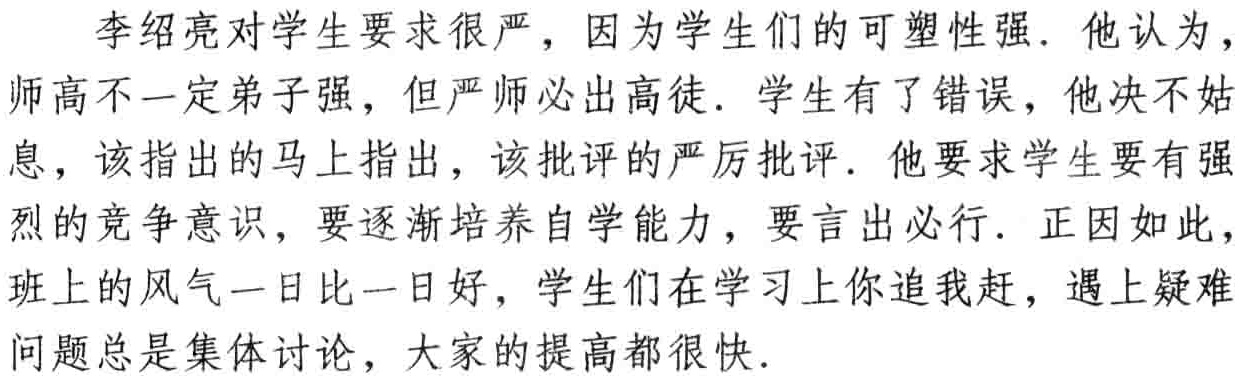
李绍亮对学生要求很严，因为学生们的可塑性强. 他认为，师高不一定弟子强，但严师必出高徒. 学生有了错误，他决不姑息，该指出的马上指出，该批评的严厉批评. 他要求学生要有强烈的竞争意识，要逐渐培养自学能力，要言出必行. 正因如此，班上的风气一日比一日好，学生们在学习上你追我赶，遇上疑难问题总是集体讨论，大家的提高都很快.